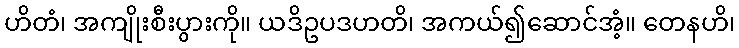
ဟိတံ၊ အကျိုးစီးပွားကို။ ယဒိဥပဒဟတိ၊ အကယ်၍ဆောင်အံ့။ တေနဟိ၊